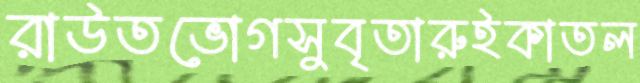
রাউতভোগসুবৃতারুইকাতল